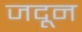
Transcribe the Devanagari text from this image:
जदून